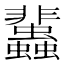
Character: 𧕿